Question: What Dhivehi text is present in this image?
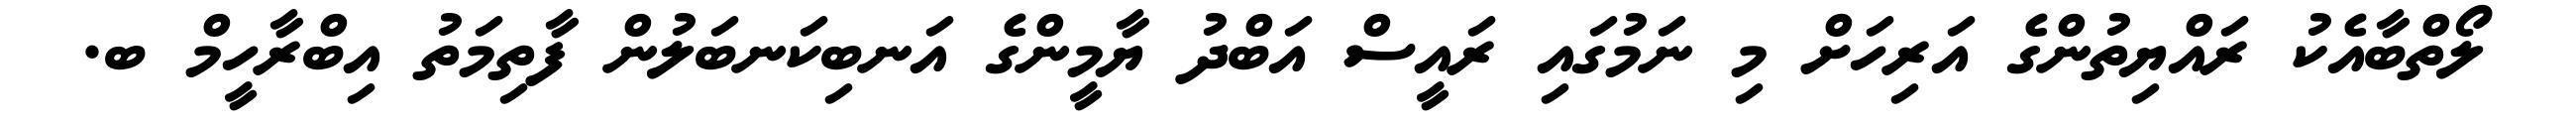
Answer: ލޯތްބާއެކު ރައްޔިތުންގެ އަރިހަށް މި ނަމުގައި ރައީސް އަބްދު ޔާމީންގެ އަނބިކަނބަލުން ފާތިމަތު އިބްރާހީމް ބ.